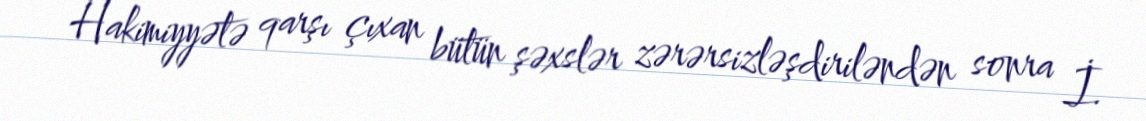
Hakimiyyətə qarşı çıxan bütün şəxslər zərərsizləşdiriləndən sonra İ.